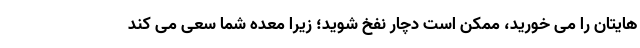
هایتان را می خورید، ممکن است دچار نفخ شوید؛ زیرا معده شما سعی می کند